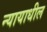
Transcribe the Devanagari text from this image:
न्यायाधील